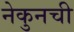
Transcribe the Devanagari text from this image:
नेकुनची